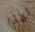
لهذا